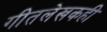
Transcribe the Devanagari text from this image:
गीतलेखकही